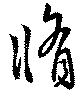
脩